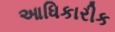
આધિકારીક